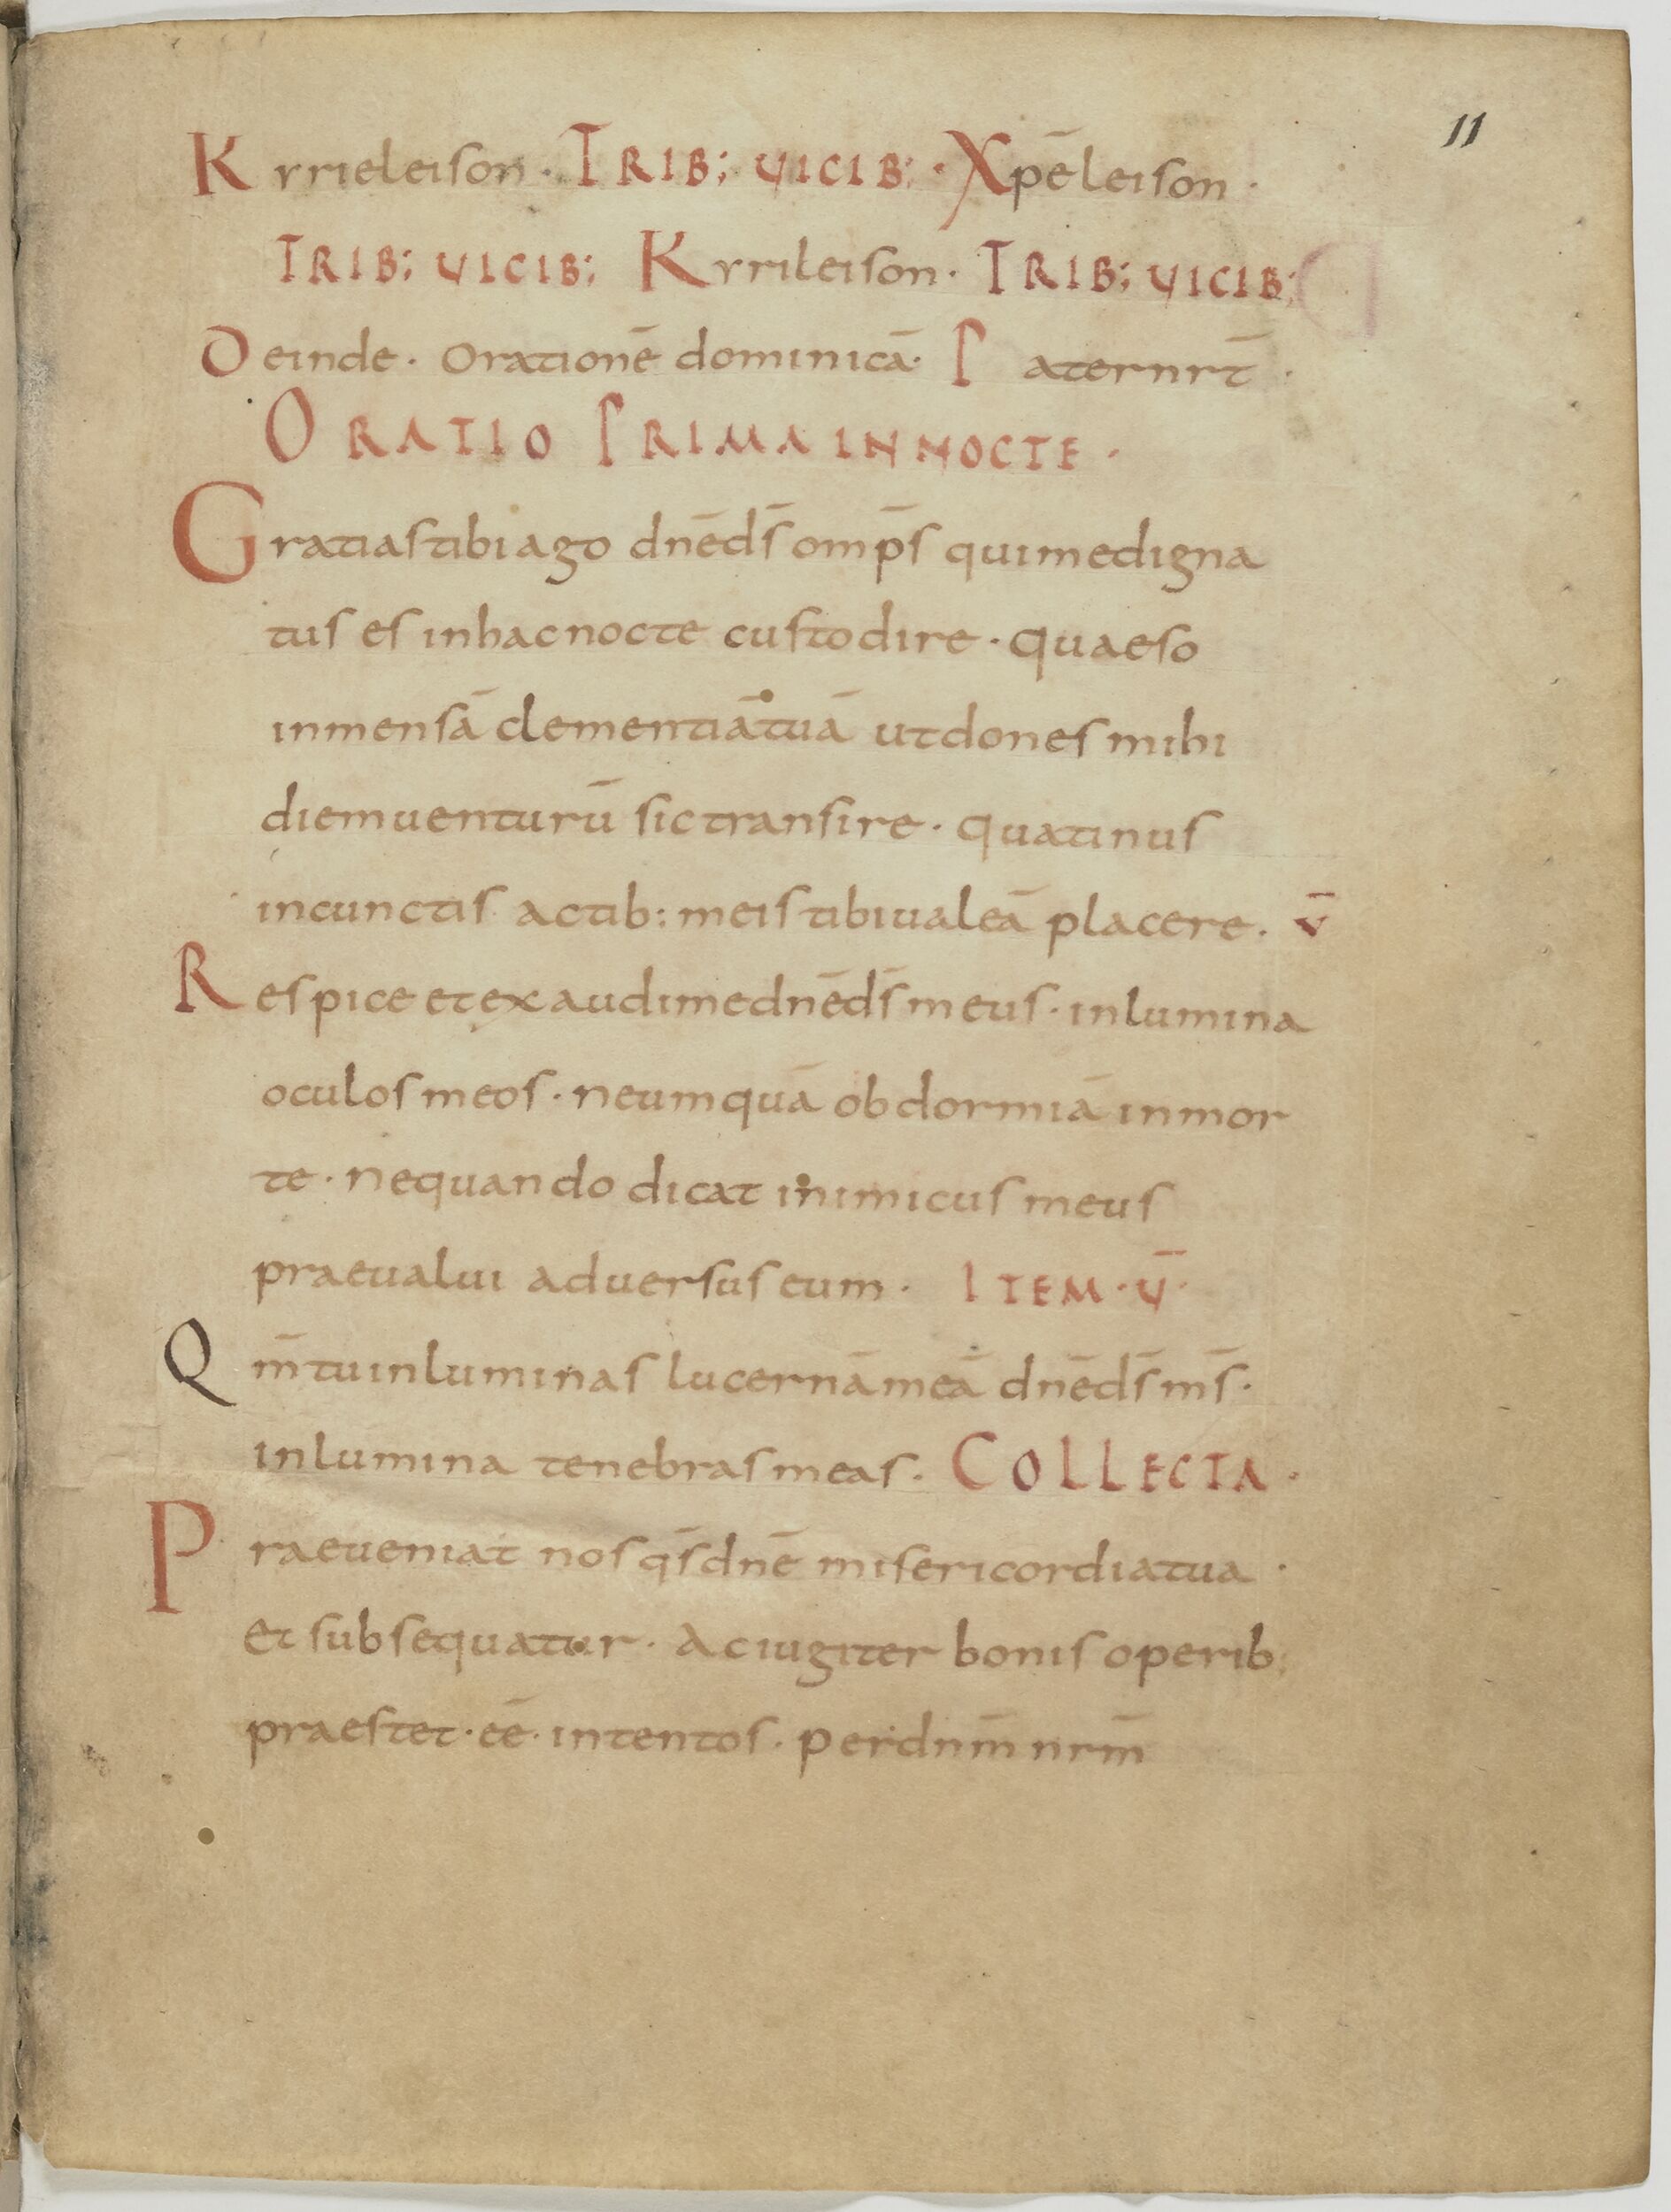
Shelfmark: Paris, BnF, lat. 13388
Century: 9